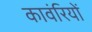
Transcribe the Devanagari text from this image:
कावंरियों